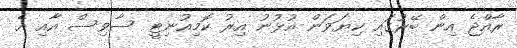
ރާއްޖެ އިން ބޭރުގައި ކިޔަވަން އުޅުނު އިރު ކޮމިއުނިޓީ ސާވިސް އާއި އެ